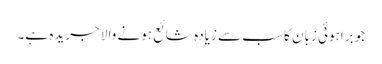
جو براہوئی زبان کا سب سے زیادہ شائع ہونے والا جریدہ ہے۔